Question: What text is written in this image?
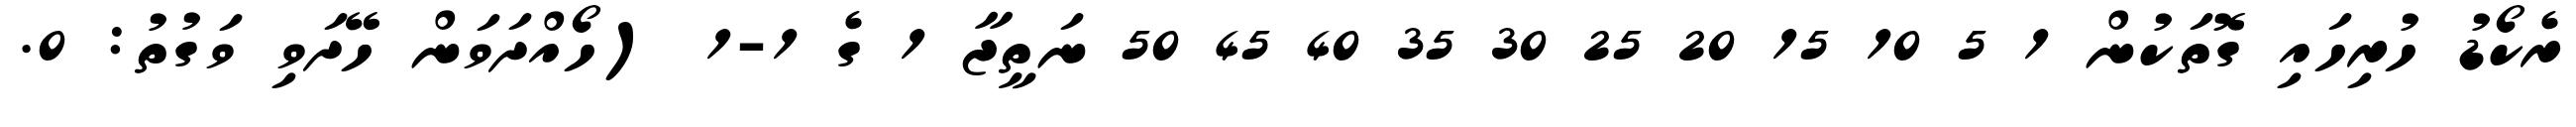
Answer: ރެކޯޑު ހުރިހައި ގޮތަކުން 1 5 10 15 20 25 30 35 40 45 50 ނަތީޖާ 1 ގެ 1-1 (ހޯއްދަވަން ހޭދަވި ވަގުތު: 0.